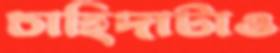
চাহিদাটাও